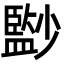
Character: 𡮻